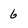
Character: 6